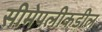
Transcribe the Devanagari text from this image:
सीमेपलीकडील